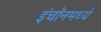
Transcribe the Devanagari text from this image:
इंचॉनमध्ये